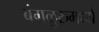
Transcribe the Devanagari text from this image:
बंगळुरुमध्ये